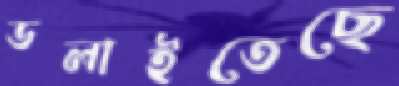
ডলাইতেছে